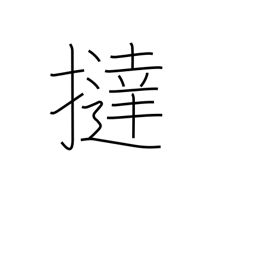
Meaning: flog